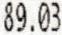
89.03